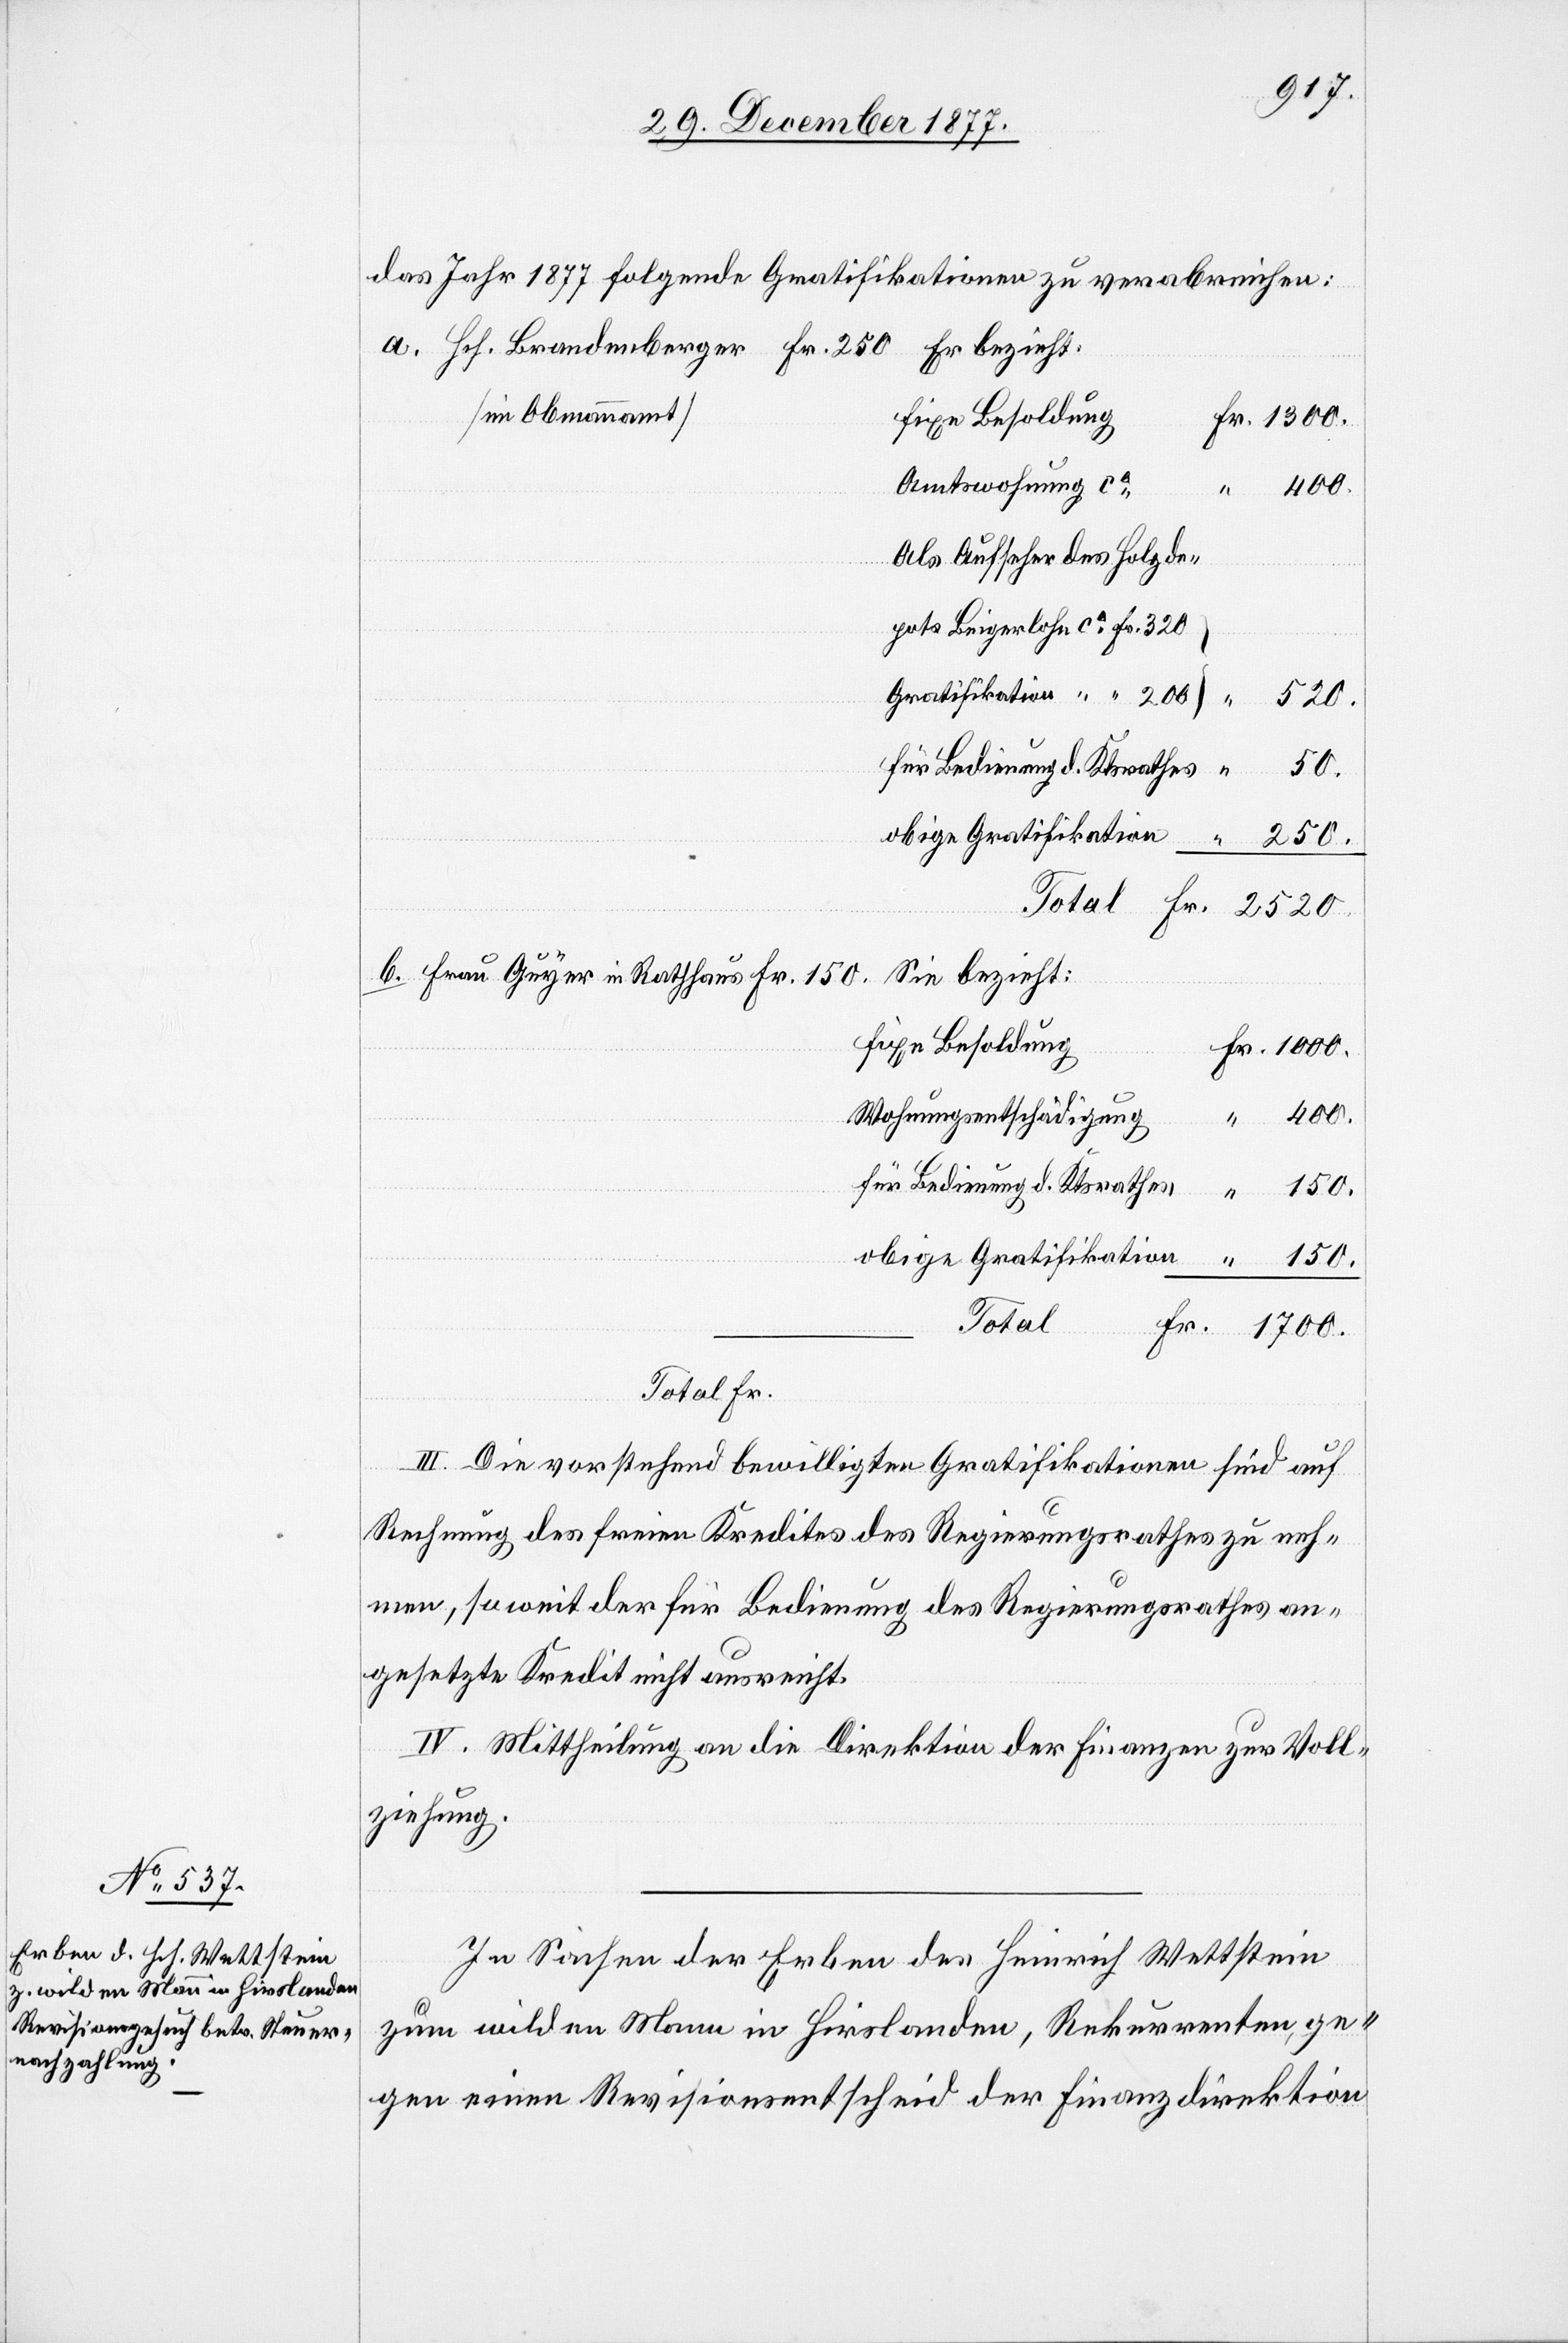
das Jahr 1877 folgende Gratifikationen zu verabreichen:
Er bezieht:
[im Obmannamt]
fixe Besoldung
Fr. 1300.
Amtswohnung ca
Als Aufseher des Holzde¬
obige Gratifikation
150.
Sie bezieht:
fixe Besoldung
…
Fr. 1000.
Wohnungsentschädigung
“ 400.
Total
Fr. 1700.
III. Die vorstehend bewilligten Gratifikationen sind auf
Rechnung des freien Kredites des Regierungsrathes zu neh¬
men, so weit der für Bedienung des Regierungsrathes an¬
gesetzte Kredit nicht ausreicht.
IV. Mittheilung an die Direktion der Finanzen zur Voll¬
ziehung.
In Sachen der Erben des Heinrich Wettstein
zum wilden Mann in Hirslanden, Rekurrenten, ge¬
gen einen Revisionsentscheid der Finanzdirektion